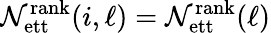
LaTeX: \mathcal{N}_{\mathrm{{ett}}}^{\mathrm{{rank}}}(i,\ell)=\mathcal{N}_{\mathrm{{ett}}}^{\mathrm{{rank}}}(\ell)